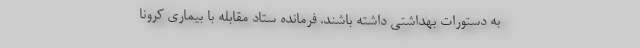
به دستورات بهداشتی داشته باشند. فرمانده ستاد مقابله با بیماری کرونا